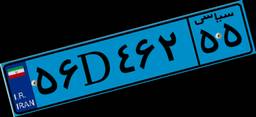
۱۳D۴۴۹۵۷